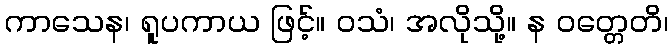
ကာသေန၊ ရူပကာယ ဖြင့်။ ဝသံ၊ အလိုသို့။ န ဝတ္တေတိ၊